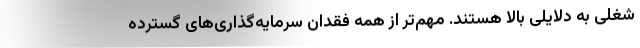
شغلی به دلایلی بالا هستند. مهم‌تر از همه فقدان سرمایه‌گذاری‌های گسترده